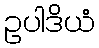
ဥပါဒိယံ